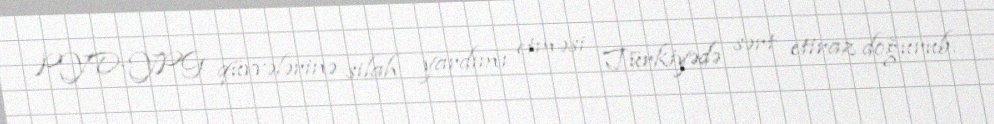
PYD-YPG qüvvələrinə silah yardımı etməsi Türkiyədə sərt etiraz doğurub.